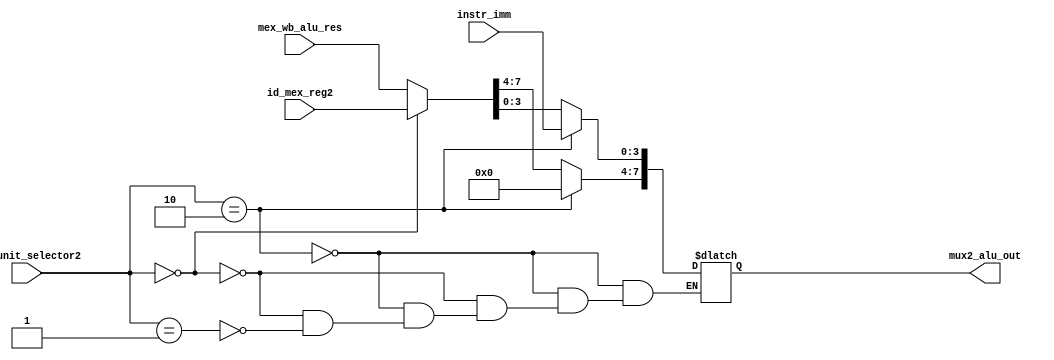
module mux2_alu (
    input [7:0] mex_wb_alu_res,
	input [7:0] id_mex_reg2,
	//input [7:0] mex_wb_reg2,
	input [3:0] instr_imm,

	input [1:0] fwd_unit_selector2,
	output [7:0] mux2_alu_out
);

reg [7:0] out;

always @ (fwd_unit_selector2 or id_mex_reg2 or mex_wb_alu_res or instr_imm) begin
    if (fwd_unit_selector2 == 2'b10) begin
		out[7:4] = 4'b0000;
        out[3:0] = instr_imm;
    end
    // forward register 2 from ID/MEX pipe
	else if (fwd_unit_selector2 == 2'b0) begin
		out = id_mex_reg2;
	end
	// forward ALU result from MEX/WB pipe
	else if (fwd_unit_selector2 == 2'b1) begin
        out = mex_wb_alu_res;
	end

	/*
    // forward register 2 from MEX/WB pipe
    else if (fwd_unit_selector2 == 2'b1) begin
        out = mex_wb_reg2;
    end
    */
end

assign mux2_alu_out = out;

endmodule